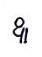
ឩ